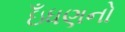
ઇઁધણનો